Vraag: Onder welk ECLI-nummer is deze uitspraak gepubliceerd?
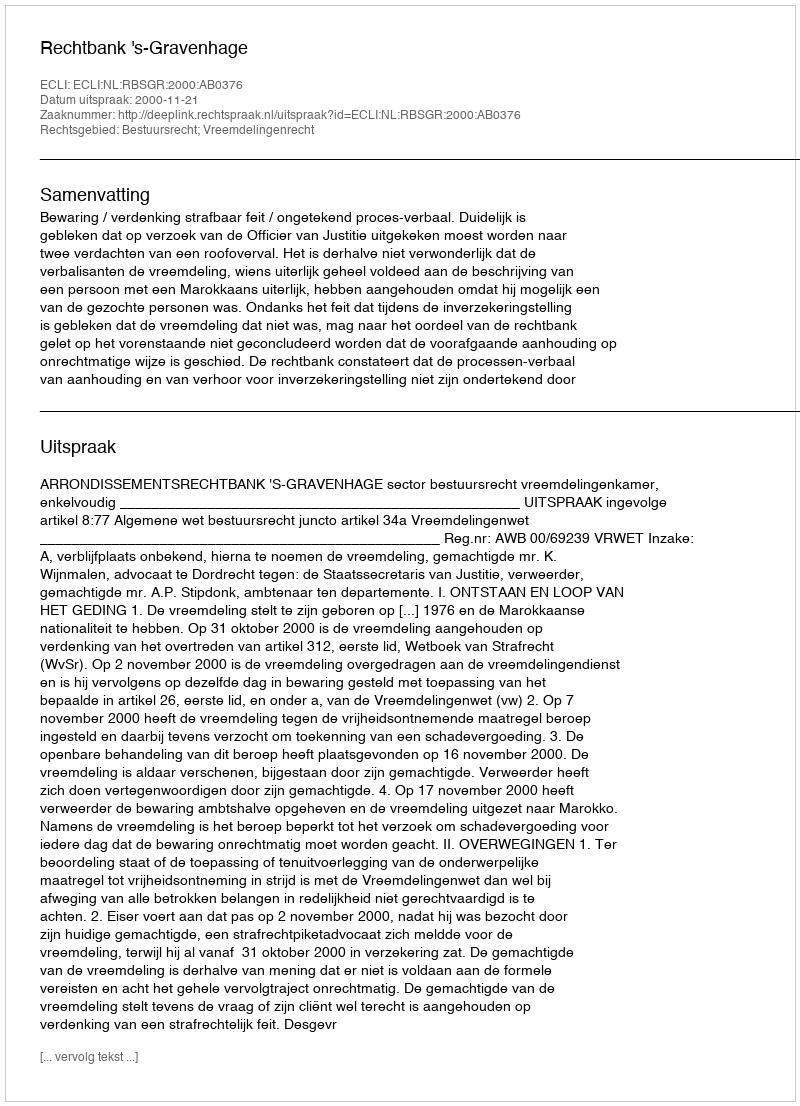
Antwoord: ECLI:NL:RBSGR:2000:AB0376